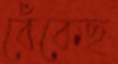
বেঁকেছ